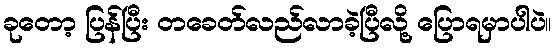
ခုတော့ ပြန်ပြီး တခေတ်လည်လာခဲ့ပြီလို့ ပြောရမှာပါပဲ။